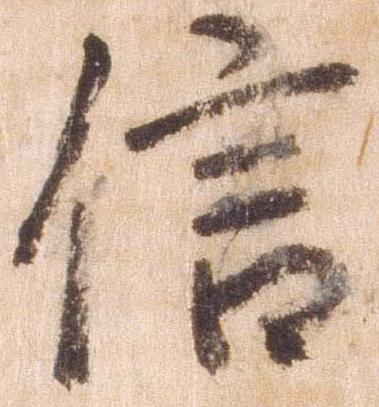
信